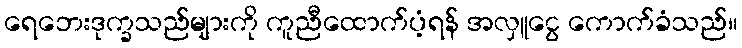
ရေဘေးဒုက္ခသည်များကို ကူညီထောက်ပံ့ရန် အလှူငွေ ကောက်ခံသည်။